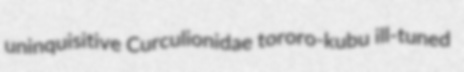
uninquisitive Curculionidae tororo-kubu ill-tuned